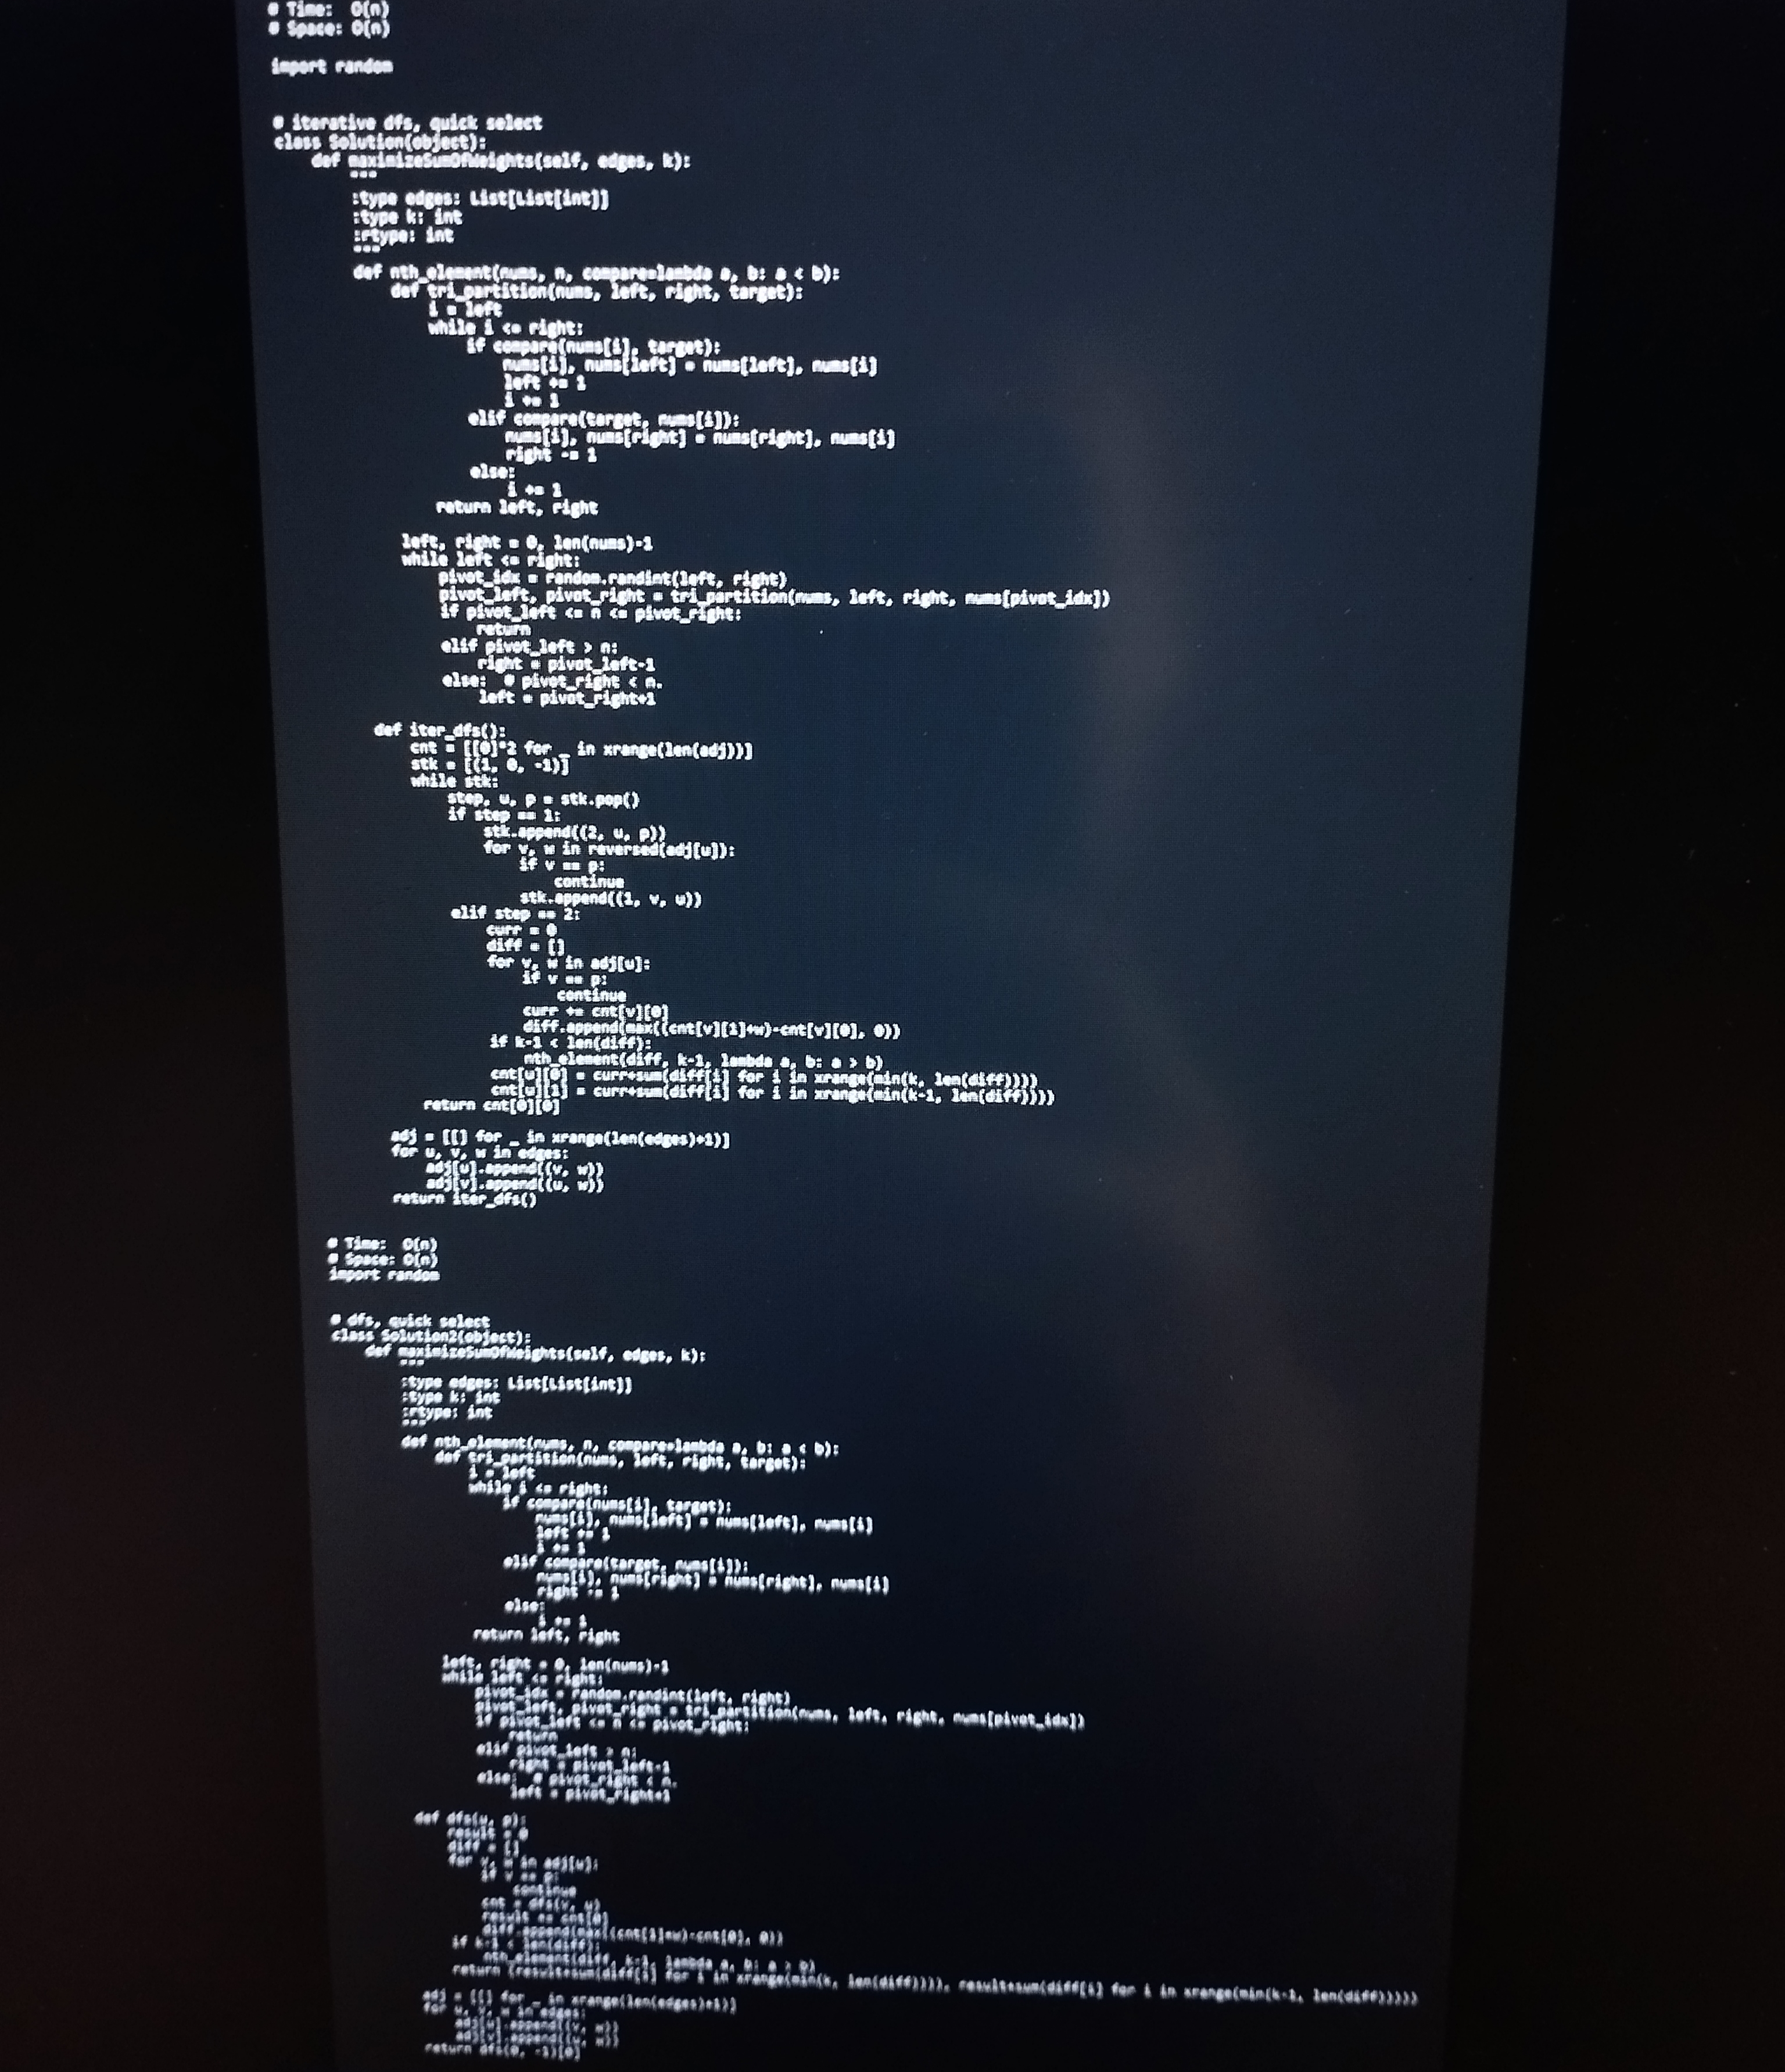
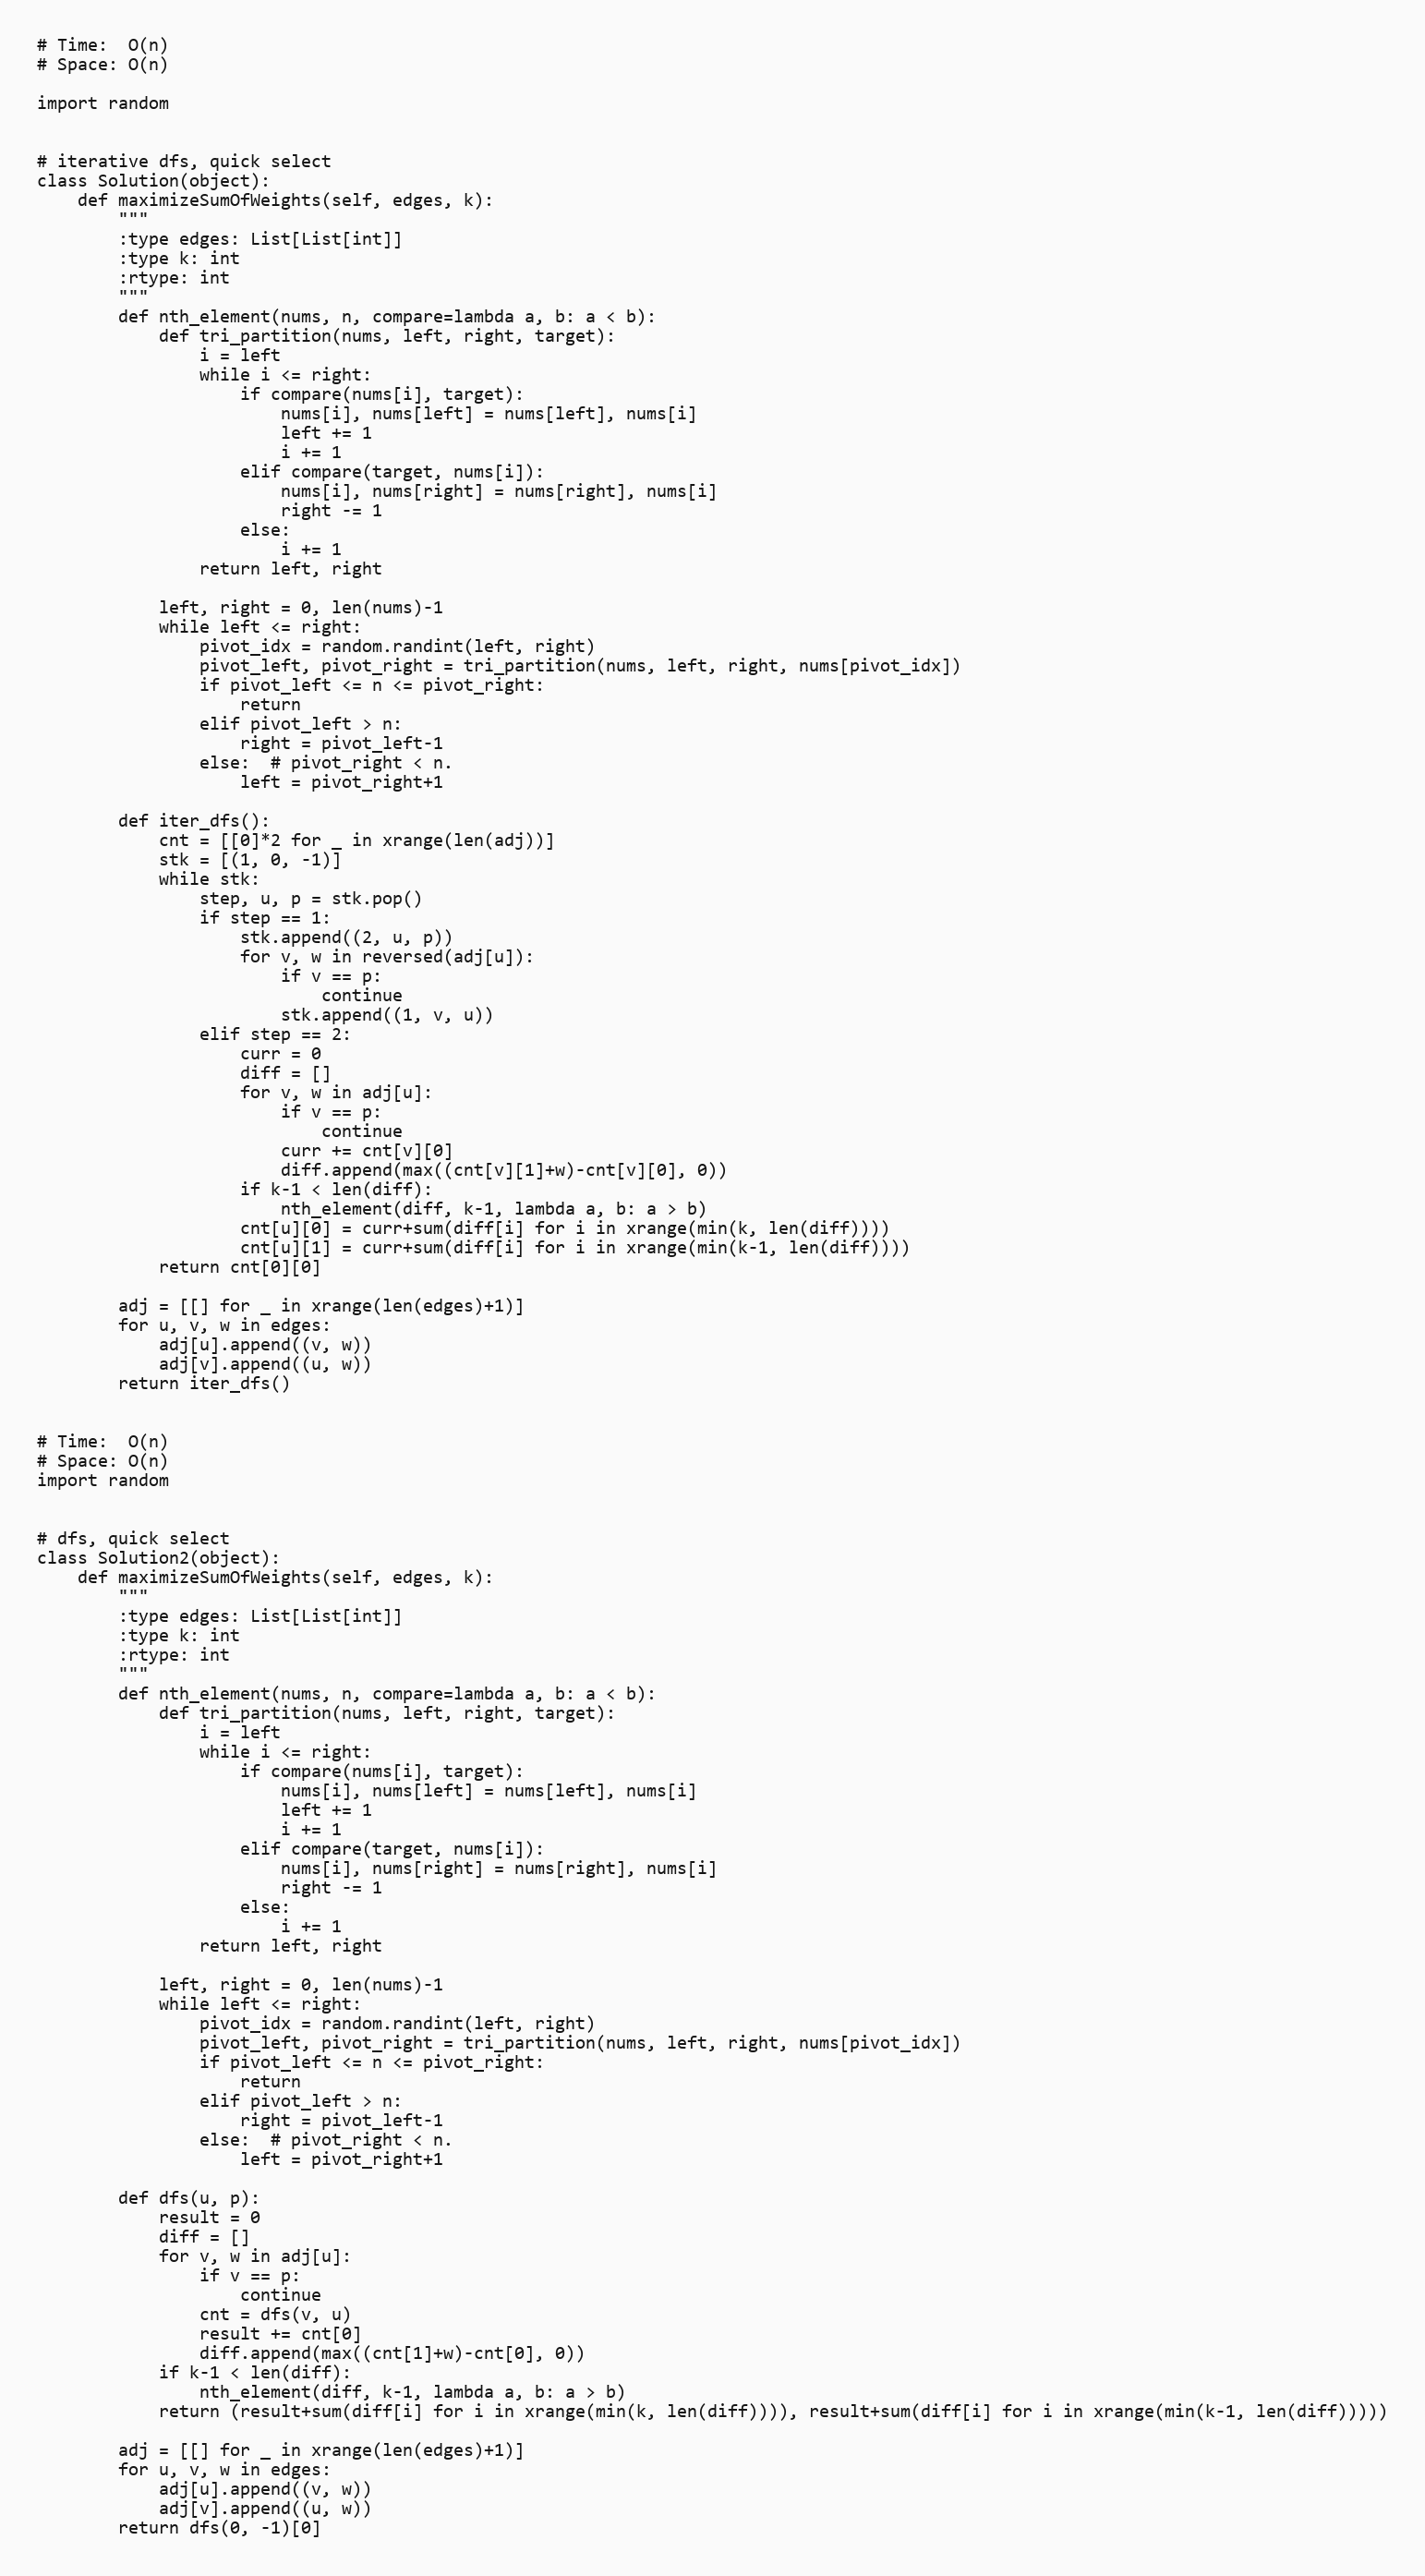
# Time:  O(n)
# Space: O(n)

import random

# iterative dfs, quick select
class Solution(object):
    def maximizeSumOfWeights(self, edges, k):
        """
        :type edges: List[List[int]]
        :type k: int
        :rtype: int
        """
        def nth_element(nums, n, compare=lambda a, b: a < b):
            def tri_partition(nums, left, right, target):
                i = left
                while i <= right:
                    if compare(nums[i], target):
                        nums[i], nums[left] = nums[left], nums[i]
                        left += 1
                        i += 1
                    elif compare(target, nums[i]):
                        nums[i], nums[right] = nums[right], nums[i]
                        right -= 1
                    else:
                        i += 1
                return left, right

            left, right = 0, len(nums)-1
            while left <= right:
                pivot_idx = random.randint(left, right)
                pivot_left, pivot_right = tri_partition(nums, left, right, nums[pivot_idx])
                if pivot_left <= n <= pivot_right:
                    return
                elif pivot_left > n:
                    right = pivot_left-1
                else:  # pivot_right < n.
                    left = pivot_right+1

        def iter_dfs():
            cnt = [[0]*2 for _ in xrange(len(adj))]
            stk = [(1, 0, -1)]
            while stk:
                step, u, p = stk.pop()
                if step == 1:
                    stk.append((2, u, p))
                    for v, w in reversed(adj[u]):
                        if v == p:
                            continue
                        stk.append((1, v, u))
                elif step == 2:
                    curr = 0
                    diff = []
                    for v, w in adj[u]:
                        if v == p:
                            continue
                        curr += cnt[v][0]
                        diff.append(max((cnt[v][1]+w)-cnt[v][0], 0))
                    if k-1 < len(diff):
                        nth_element(diff, k-1, lambda a, b: a > b)
                    cnt[u][0] = curr+sum(diff[i] for i in xrange(min(k, len(diff))))
                    cnt[u][1] = curr+sum(diff[i] for i in xrange(min(k-1, len(diff))))
            return cnt[0][0]

        adj = [[] for _ in xrange(len(edges)+1)]
        for u, v, w in edges:
            adj[u].append((v, w))
            adj[v].append((u, w))
        return iter_dfs()

# Time:  O(n)
# Space: O(n)
import random

# dfs, quick select
class Solution2(object):
    def maximizeSumOfWeights(self, edges, k):
        """
        :type edges: List[List[int]]
        :type k: int
        :rtype: int
        """
        def nth_element(nums, n, compare=lambda a, b: a < b):
            def tri_partition(nums, left, right, target):
                i = left
                while i <= right:
                    if compare(nums[i], target):
                        nums[i], nums[left] = nums[left], nums[i]
                        left += 1
                        i += 1
                    elif compare(target, nums[i]):
                        nums[i], nums[right] = nums[right], nums[i]
                        right -= 1
                    else:
                        i += 1
                return left, right

            left, right = 0, len(nums)-1
            while left <= right:
                pivot_idx = random.randint(left, right)
                pivot_left, pivot_right = tri_partition(nums, left, right, nums[pivot_idx])
                if pivot_left <= n <= pivot_right:
                    return
                elif pivot_left > n:
                    right = pivot_left-1
                else:  # pivot_right < n.
                    left = pivot_right+1

        def dfs(u, p):
            result = 0
            diff = []
            for v, w in adj[u]:
                if v == p:
                    continue
                cnt = dfs(v, u)
                result += cnt[0]
                diff.append(max((cnt[1]+w)-cnt[0], 0))
            if k-1 < len(diff):
                nth_element(diff, k-1, lambda a, b: a > b)
            return (result+sum(diff[i] for i in xrange(min(k, len(diff)))), result+sum(diff[i] for i in xrange(min(k-1, len(diff)))))

        adj = [[] for _ in xrange(len(edges)+1)]
        for u, v, w in edges:
            adj[u].append((v, w))
            adj[v].append((u, w))
        return dfs(0, -1)[0]